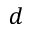
d